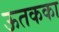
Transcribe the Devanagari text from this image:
ऊतकका